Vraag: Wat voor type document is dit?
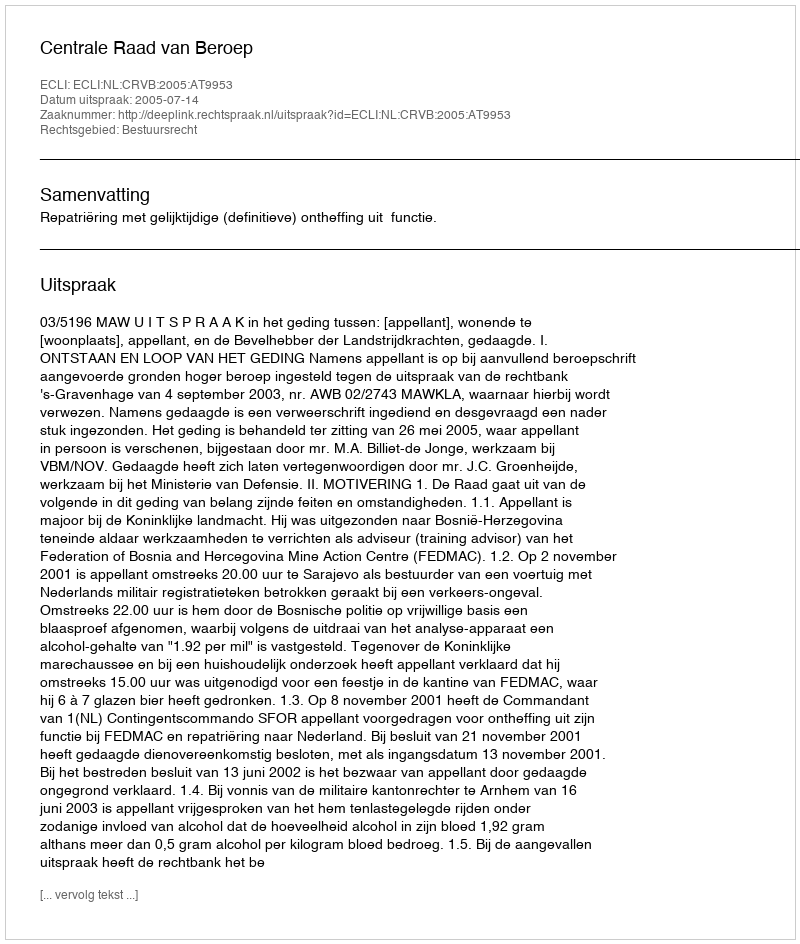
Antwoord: Uitspraak